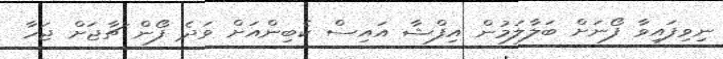
ނިވިފައިވާ ފޯނަށް ބަލާލަމުން އިފްޝާ އައިސް ކެބިންއަށް ވަދެ ފޯން ޗާޖަށް ޖަހާ